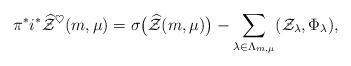
LaTeX: \begin{align*}\pi^* i^* \widehat{\mathcal{Z}}^\heartsuit(m,\mu)=\sigma\big( \widehat{\mathcal{Z}} (m,\mu) \big) - \sum_{ \lambda \in \Lambda_{m,\mu} } ( \mathcal{Z}_\lambda, \Phi_\lambda) ,\end{align*}